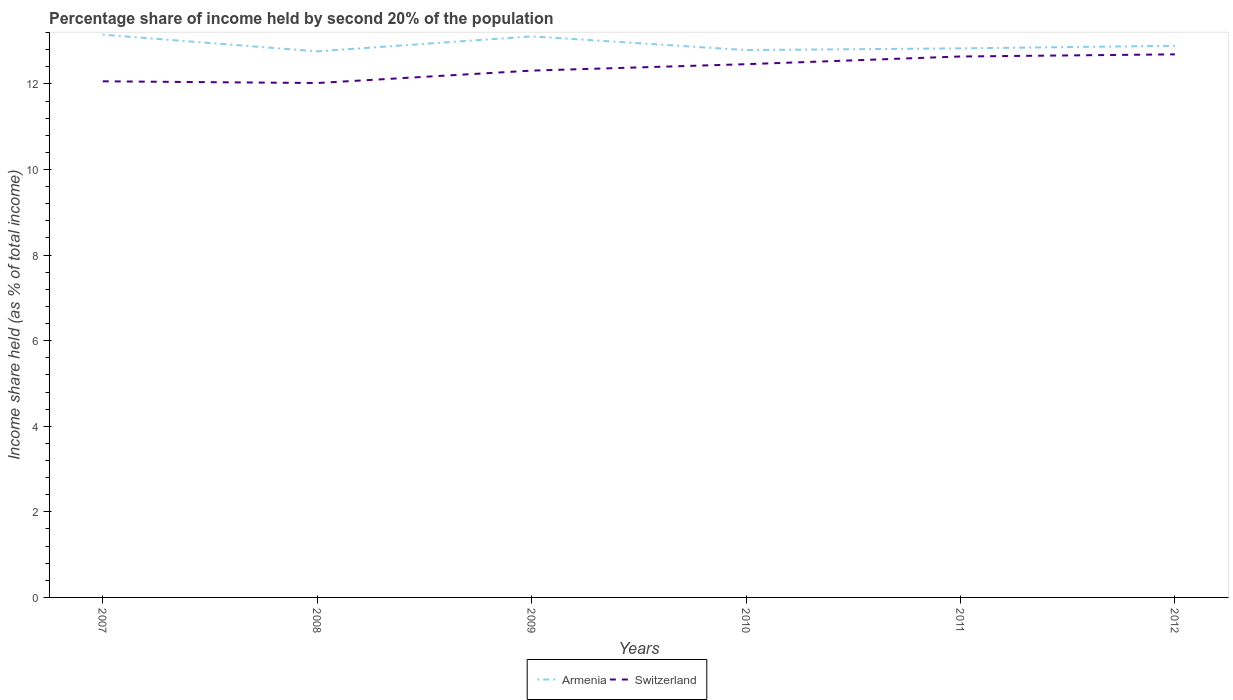
| Years | Armenia | Switzerland |
 | --- | --- | --- |
 | 2007 | 13.2 | 12.1 |
 | 2008 | 12.8 | 12 |
 | 2009 | 13.1 | 12.3 |
 | 2010 | 12.8 | 12.5 |
 | 2011 | 12.8 | 12.6 |
 | 2012 | 12.9 | 12.7 |